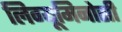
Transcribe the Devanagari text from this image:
लिग्यूमिनोसी